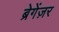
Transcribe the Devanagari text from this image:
ब्रेगेंज़र